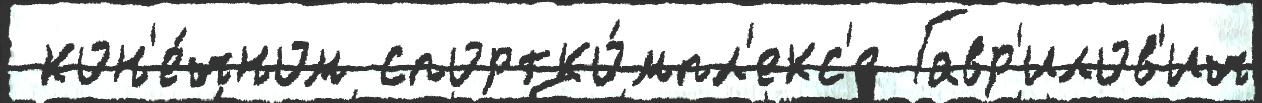
 кон'е́чном спортко́мпл'екс'е Гавр'илов'ич